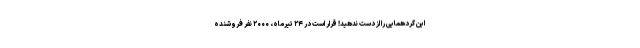
این گردهمایی را از دست ندهید! قرار است در ۲۴ تیرماه، ۲۰۰۰ نفر فروشنده